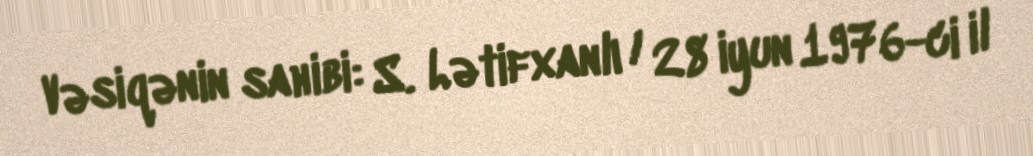
Vəsiqənin sahibi: S. Lətifxanlı / 28 iyun 1976-ci il